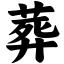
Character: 葬